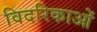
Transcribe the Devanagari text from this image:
विदरिकाओं